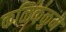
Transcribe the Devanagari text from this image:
कळिकळुम